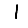
Digit: 1